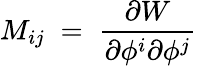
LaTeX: M_{ij}\; =\; {\frac{\partial W}{\partial\phi^{i}\partial\phi^{j}}}